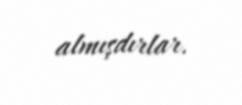
almışdırlar.